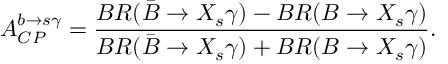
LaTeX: A _ { C P } ^ { b \rightarrow s \gamma } = { \frac { B R ( \bar { B } \rightarrow X _ { s } \gamma ) - B R ( B \rightarrow X _ { s } \gamma ) } { B R ( \bar { B } \rightarrow X _ { s } \gamma ) + B R ( B \rightarrow X _ { s } \gamma ) } } . \,